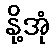
နို့အုံ